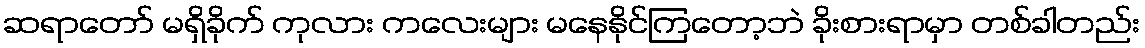
ဆရာတော် မရှိခိုက် ကုလား ကလေးများ မနေနိုင်ကြတော့ဘဲ ခိုးစားရာမှာ တစ်ခါတည်း